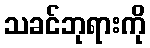
သခင်ဘုရားကို